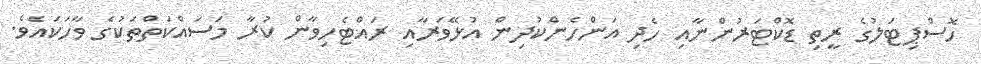
ހޮސްޕިޓަލުގެ ރީތި ޑޮކްޓަރުންނާއި ހެދި އަންހެންކުދިން އުޅޭވަރާއި ރައްޓެހިވާން ކުރާ މަސައްކަތްތަކުގެ ވާހަކައެވެ.